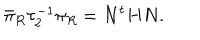
\bar { \pi } _ { R } \tau _ { 2 } ^ { - 1 } \pi _ { R } = N ^ { t } H N .